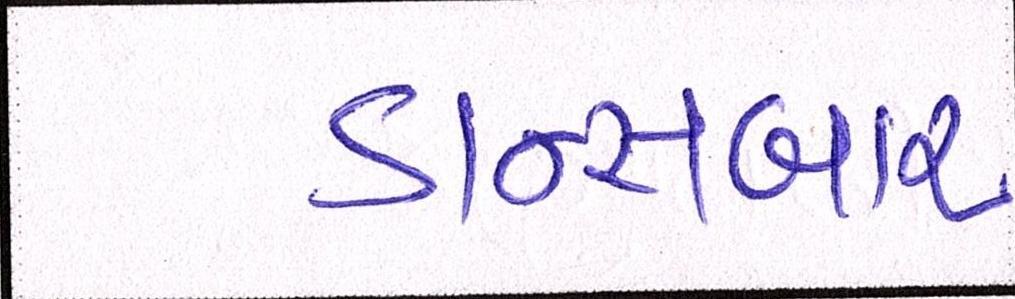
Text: ડાન્સબાર